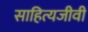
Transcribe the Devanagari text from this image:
साहित्यजीवी